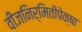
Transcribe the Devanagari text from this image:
वीजनिर्मितीपेक्षा